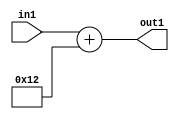
`timescale 1ps / 1ps
/*****************************************************************************
    Verilog RTL Description
    
    
    Created by: Stratus DpOpt 21.05.01 
*******************************************************************************/

module SobelFilter_Add_5U_29_1 (
	in1,
	out1
	); /* architecture "behavioural" */ 
input [4:0] in1;
output [4:0] out1;
wire [4:0] asc001;

assign asc001 = 
	+(in1)
	+(5'B10010);

assign out1 = asc001;
endmodule

/* CADENCE  urnzSwA= : u9/ySxbfrwZIxEzHVQQV8Q== ** DO NOT EDIT THIS LINE ******/